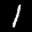
Label: 1